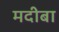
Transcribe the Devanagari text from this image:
मदीबा